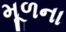
મૂળના